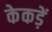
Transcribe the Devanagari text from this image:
केकड़ें